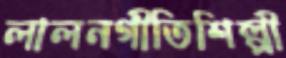
লালনগীতিশিল্পী